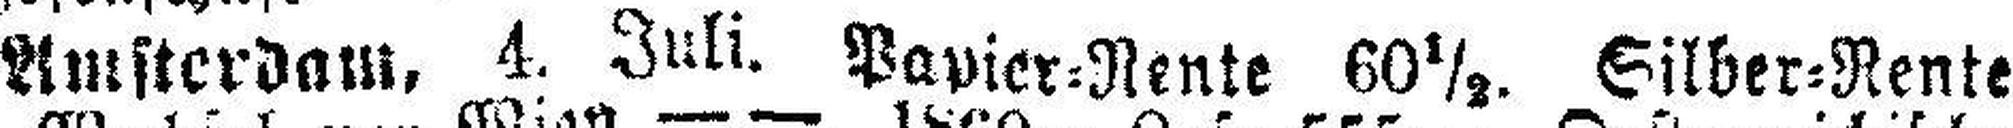
Amsterdam. 4. Juli. Papier=Rente 60½. Silber=Rente